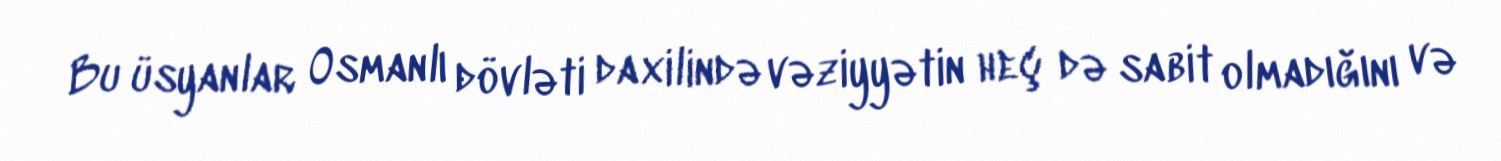
Bu üsyanlar Osmanlı dövləti daxilində vəziyyətin heç də sabit olmadığını və